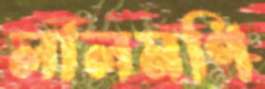
লালমণি